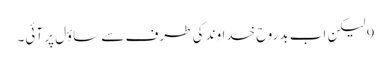
9 لیکن اب بدروح خداوند کی طرف سے ساؤل پر آئی۔